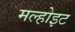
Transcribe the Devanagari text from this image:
मल्होइट